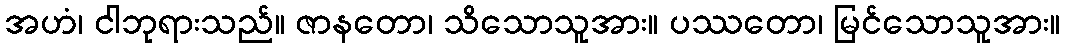
အဟံ၊ ငါဘုရားသည်။ ဇာနတော၊ သိသောသူအား။ ပဿတော၊ မြင်သောသူအား။